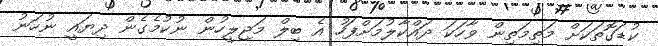
ކުޑަގޮތަކަށް މަތިމަތިން ވާހަކަ ދައްކާލުމަށްފަހު އެ ބިލް މަޖިލީހުން ނުކުމެގެން ދިޔައީ ނުހަނު